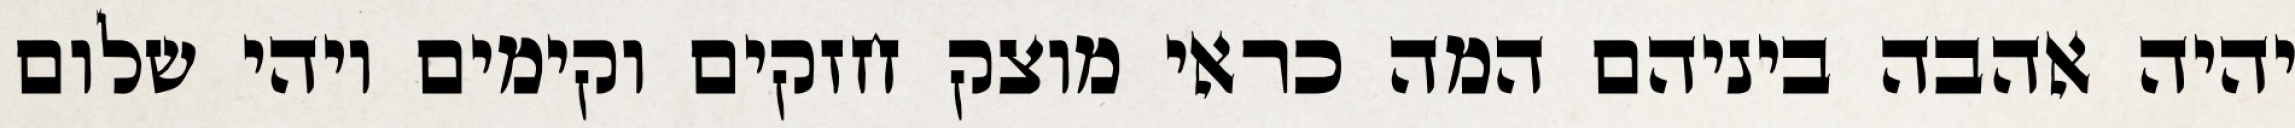
יהיה אהבה ביניהם המה כראי מוצק חזקים וקימים ויהי שלום